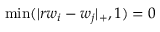
\operatorname* { m i n } ( | r w _ { i } - w _ { j } | _ { + } , 1 ) = 0